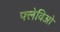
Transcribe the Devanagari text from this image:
फ्लेविओ